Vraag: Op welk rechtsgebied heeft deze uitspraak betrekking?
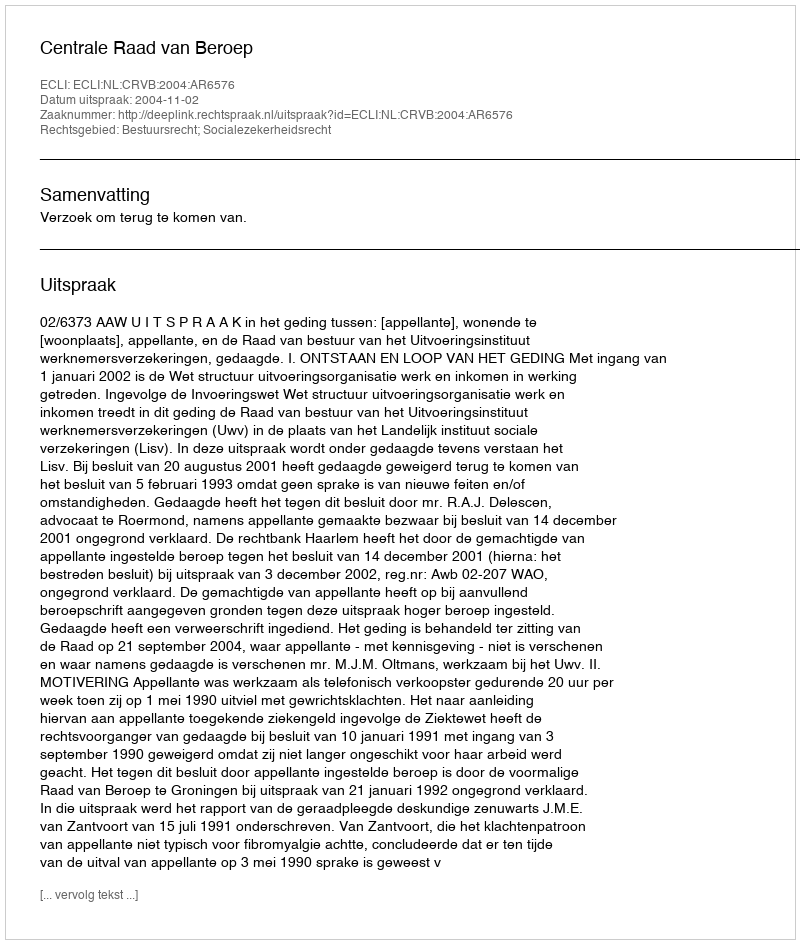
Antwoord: Bestuursrecht; Socialezekerheidsrecht